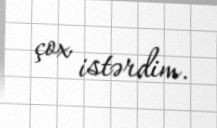
çox istərdim.